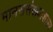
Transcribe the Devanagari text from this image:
मानससंख्याशास्त्र